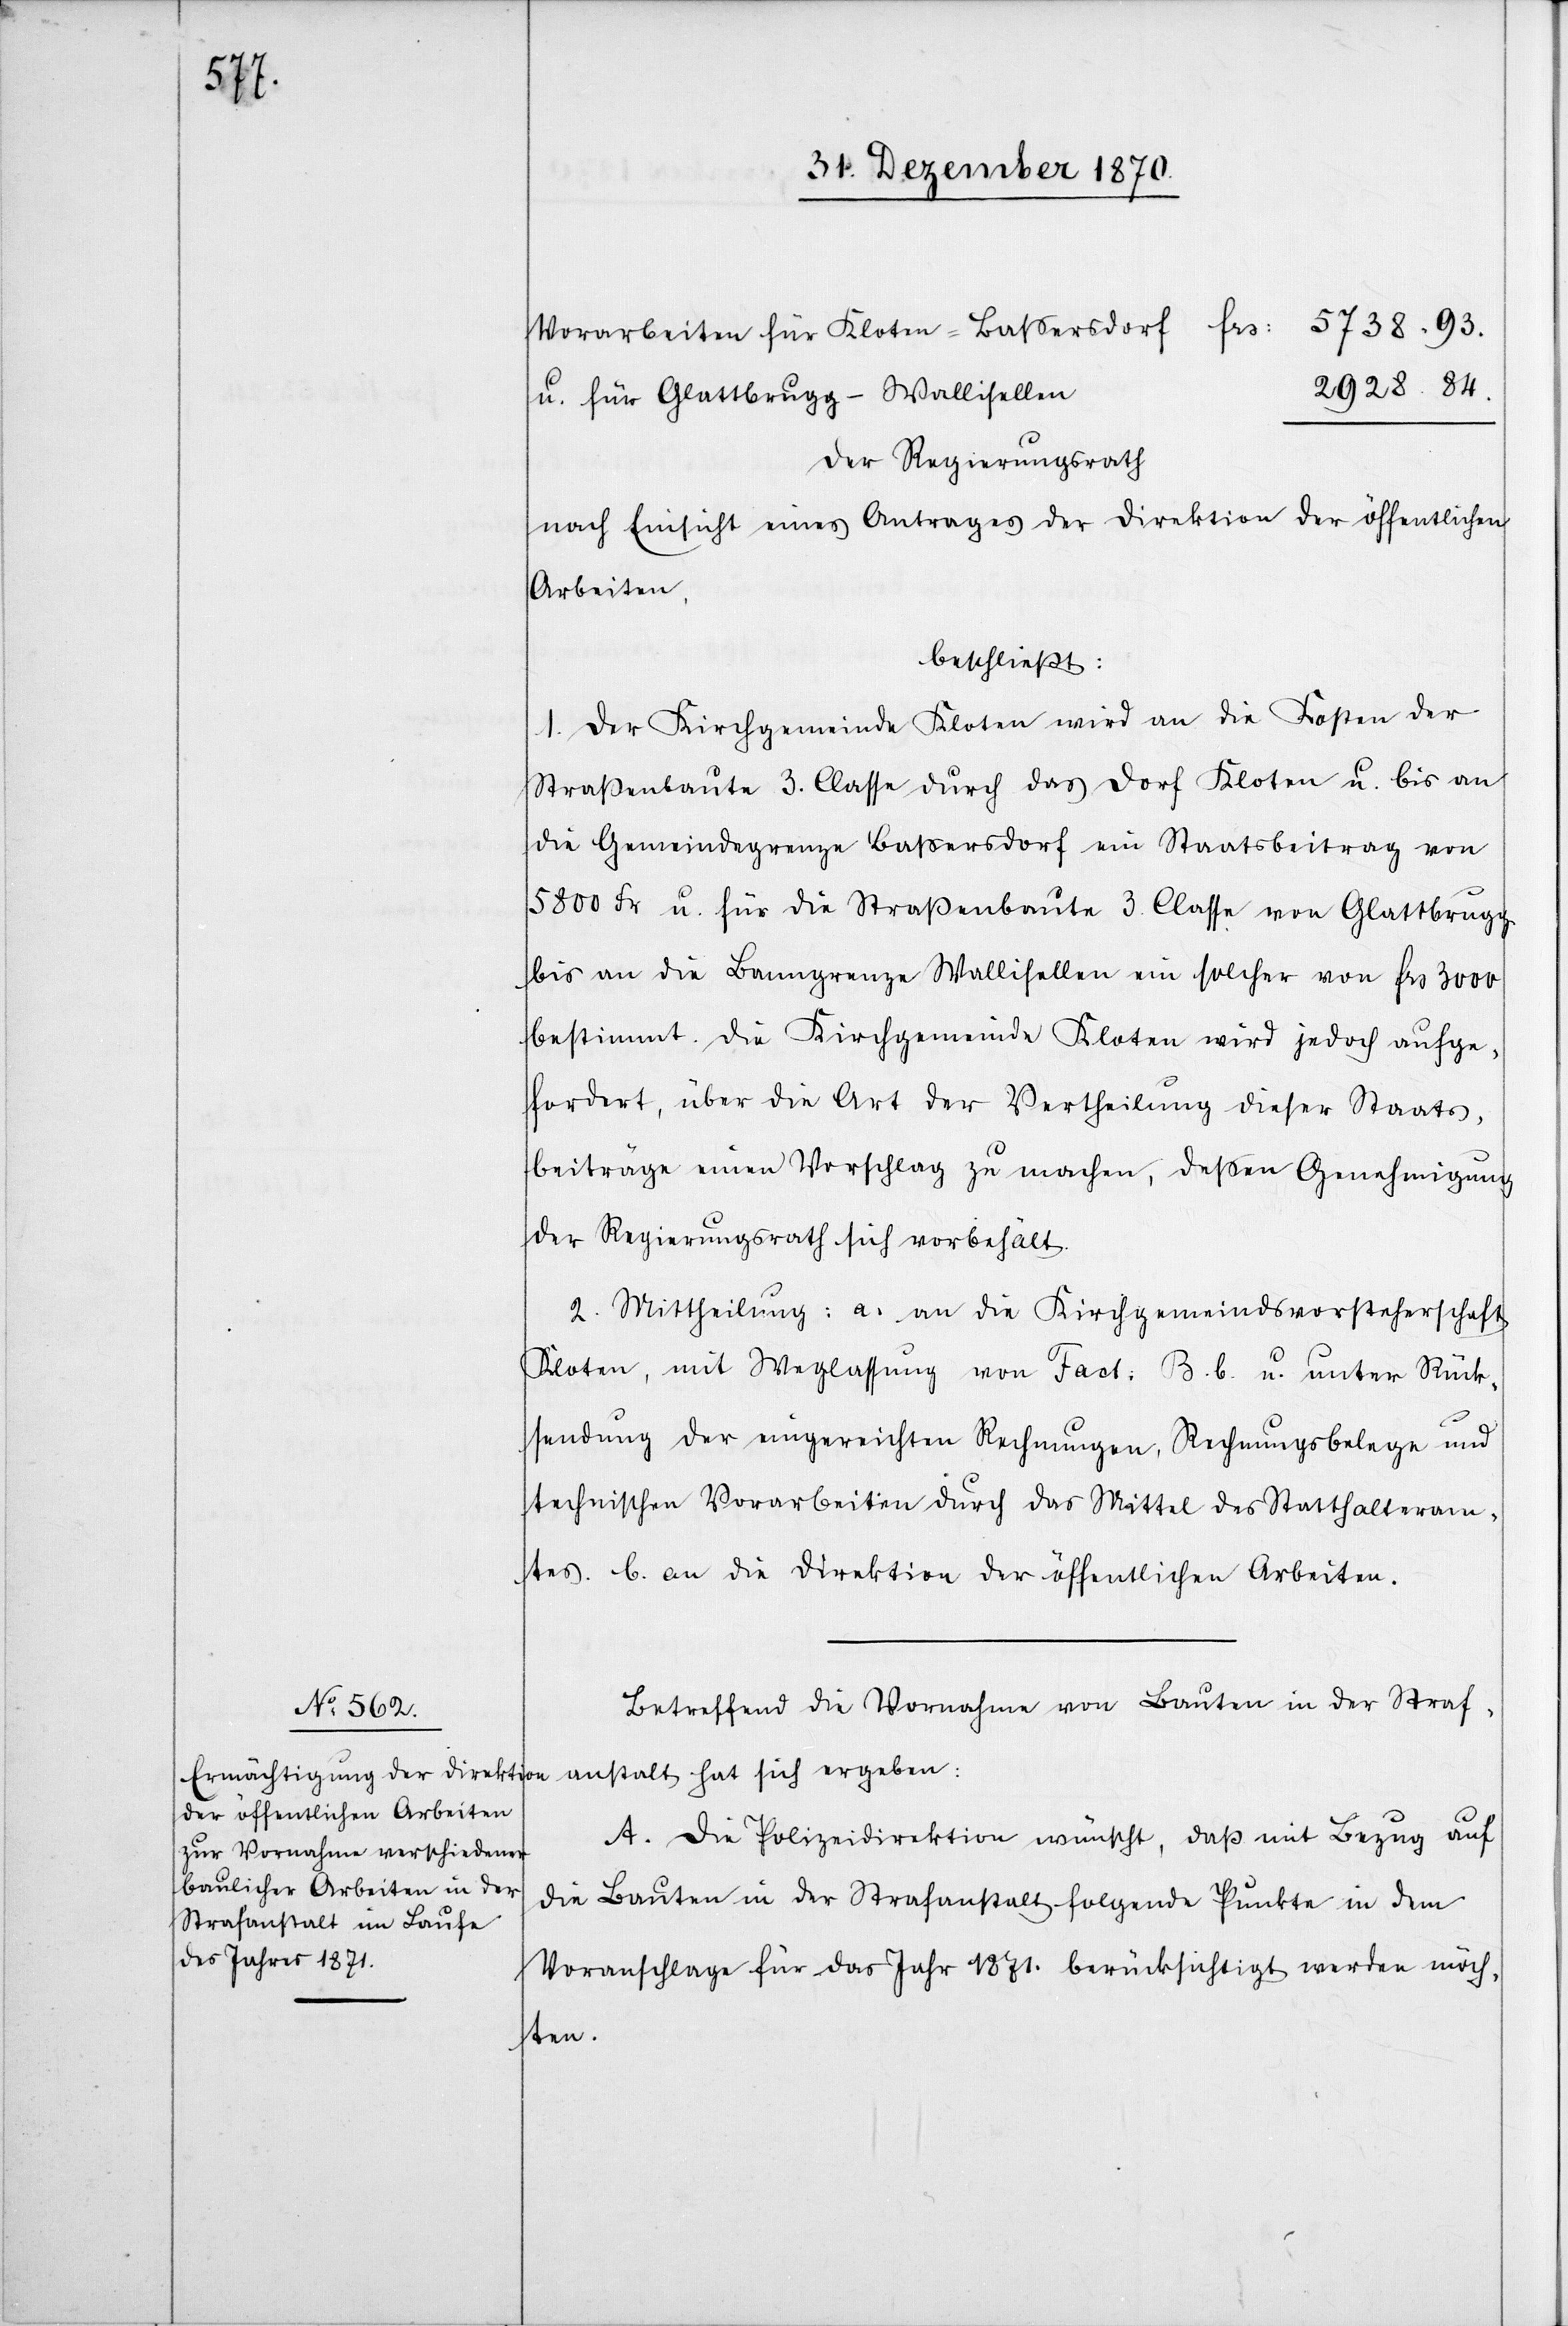
u. für Glattbrugg–Wallisellen
Der Regierungsrath
nach Einsicht eines Antrages der Direktion der öffentlichen
Arbeiten,
beschließt:
1. Der Kirchgemeinde Kloten wird an die Kosten der
Straßenbaute 3. Classe durch das Dorf Kloten u. bis an
die Gemeindegrenze Baßersdorf ein Staatsbeitrag von
5800 Fr. u. für die Straßenbaute 3. Classe von Glattbrugg
bis an die Banngrenze Wallisellen ein solcher von Frs 3000
bestimmt. Die Kirchgemeinde Kloten wird jedoch aufge¬
fordert, über die Art der Vertheilung dieser Staats¬
beiträge einen Vorschlag zu machen, deßen Genehmigung
der Regierungsrath sich vorbehält.
2. Mittheilung: a. an die Kirchgemeindsvorsteherschaft
Kloten, mit Weglassung von Fact: B. b. u. unter Rück¬
sendung der eingereichten Rechnungen, Rechnungsbelege und
technischen Vorarbeiten durch das Mittel des Statthalteram¬
tes b. an die Direktion der öffentlichen Arbeiten.
Betreffend die Vornahme von Bauten in der Straf¬
anstalt hat sich ergeben:
A. Die Polizeidirektion wünscht, daß mit Bezug auf
die Bauten in der Strafanstalt folgende Punkte in dem
Voranschlage für das Jahr 1871. berücksichtigt werden möch¬
ten.